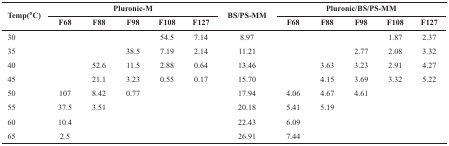
<table><thead><tr><td rowspan="2"><b>Temp(<sup>o</sup>C)</b></td><td colspan="5"><b>Pluronic-M</b></td><td rowspan="2"><b>BS/PS-MM</b></td><td colspan="5"><b>Pluronic/BS/PS-MM</b></td></tr><tr><td><b>F68</b></td><td><b>F88</b></td><td><b>F98</b></td><td><b>F108</b></td><td><b>F127</b></td><td><b>F68</b></td><td><b>F88</b></td><td><b>F98</b></td><td><b>F108</b></td><td><b>F127</b></td></tr></thead><tbody><tr><td>30</td><td></td><td></td><td></td><td>54.5</td><td>7.14</td><td>8.97</td><td></td><td></td><td></td><td>1.87</td><td>2.37</td></tr><tr><td>35</td><td></td><td></td><td>38.5</td><td>7.19</td><td>2.14</td><td>11.21</td><td></td><td></td><td>2.77</td><td>2.08</td><td>3.32</td></tr><tr><td>40</td><td></td><td>52.6</td><td>11.5</td><td>2.88</td><td>0.64</td><td>13.46</td><td></td><td>3.63</td><td>3.23</td><td>2.91</td><td>4.27</td></tr><tr><td>45</td><td></td><td>21.1</td><td>3.23</td><td>0.55</td><td>0.17</td><td>15.70</td><td></td><td>4.15</td><td>3.69</td><td>3.32</td><td>5.22</td></tr><tr><td>50</td><td>107</td><td>8.42</td><td>0.77</td><td></td><td></td><td>17.94</td><td>4.06</td><td>4.67</td><td>4.61</td><td></td><td></td></tr><tr><td>55</td><td>37.5</td><td>3.51</td><td></td><td></td><td></td><td>20.18</td><td>5.41</td><td>5.19</td><td></td><td></td><td></td></tr><tr><td>60</td><td>10.4</td><td></td><td></td><td></td><td></td><td>22.43</td><td>6.09</td><td></td><td></td><td></td><td></td></tr><tr><td>65</td><td>2.5</td><td></td><td></td><td></td><td></td><td>26.91</td><td>7.44</td><td></td><td></td><td></td><td></td></tr></tbody></table>